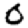
Digit: 0